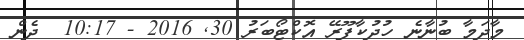
މާދަމާ ބުނާނެ ހުދުކާފޫރޭ އޮކްޓޯބަރު 30